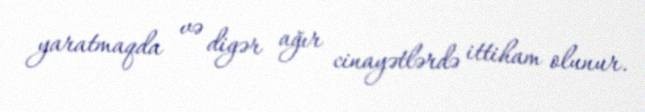
yaratmaqda və digər ağır cinayətlərdə ittiham olunur.